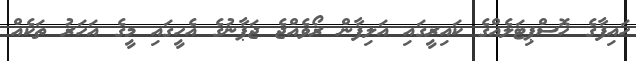
ހައިފާގެ ހޮސްޕިޓަލެއްގެ ކައިރީގައި އަލިފާން ރޯވެއްޖެ ޖަޕާނުގެ އެހީގައި މީގެ އަހަރު ތަކެއް